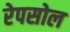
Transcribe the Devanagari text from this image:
रेपसोल